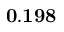
{ \bf 0 . 1 9 8 }